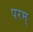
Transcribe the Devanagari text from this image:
परम्‌